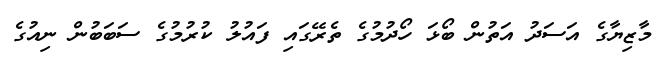
މާޒިޔާގެ އަސަދު އަތުން ބޯޅަ ހޯދުމުގެ ތެރޭގައި ފައުލު ކުރުމުގެ ސަބަބުން ނިއުގެ